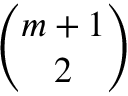
{ \binom { m + 1 } { 2 } }